Martna_vallavalitsus, lk 16
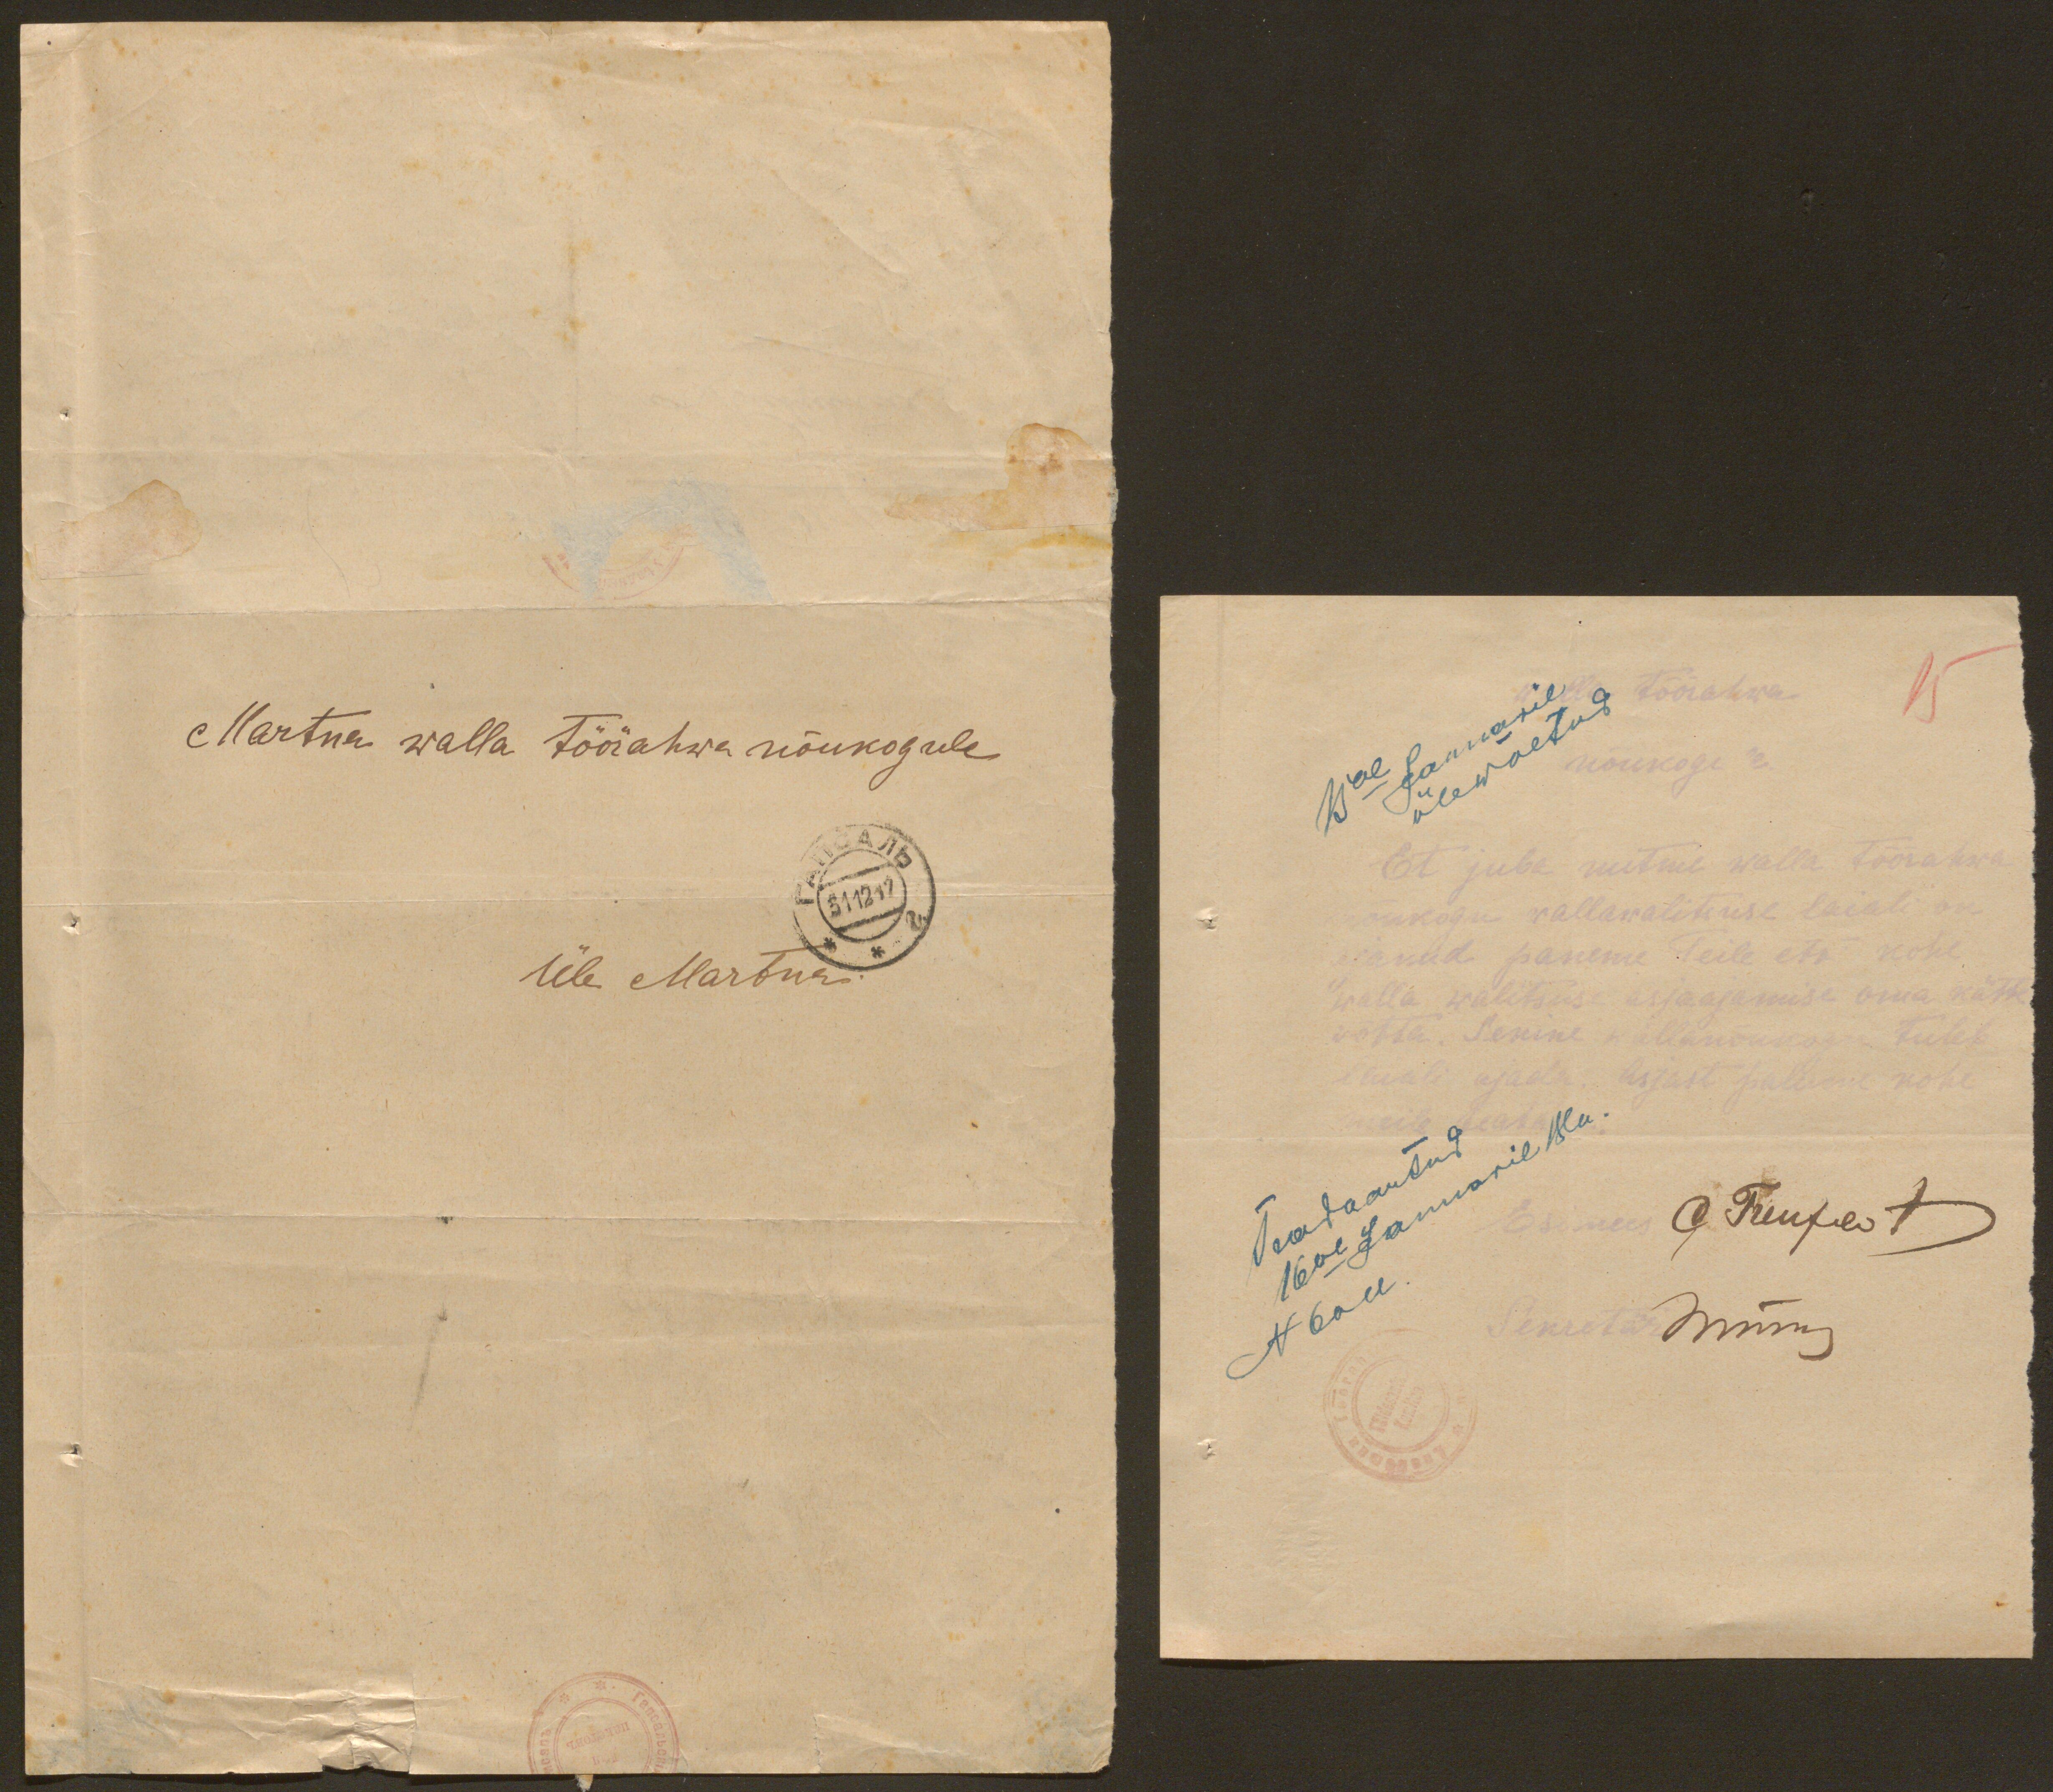
Martna walla Töörahwa nõukogule
Üle Martna.

Walla Töörahwa
15al Januaril
ülevõetud
nõukogule
Et juba mitme walla töörahwa
nõukogu wallawalitsuse laiali on
ajanud paneme Teile ete kohe
walla walitsuse asjaajamise oma kätte
võtta. Senine wallanõukogu tuleb
laiali ajada. Asjast palume kohe
meile teatada.
Teadaantud
Esimees
C. Treufeldt
16al Januaril 18 a.
Sekretär
Himm
N 6all.